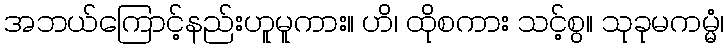
အဘယ်ကြောင့်နည်းဟူမူကား။ ဟိ၊ ထိုစကား သင့်စွ။ သုခုမကမ္မံ၊